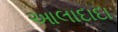
આલાદાદા